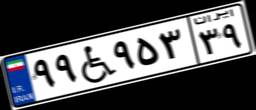
۹۹W۹۵۳۳۹